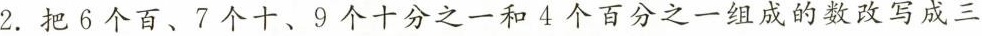
2. 把6个百、7个十、9个十分之一和4个百分之一组成的数改写成三